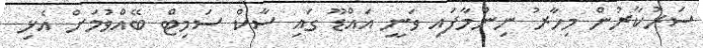
ސަރުކާރުން މިހާރު ނިންމާފައި ވަނީ އައްޑޫ ގައި ސާކް ސަމިޓް ބޭއްވުމަށް އެޅި